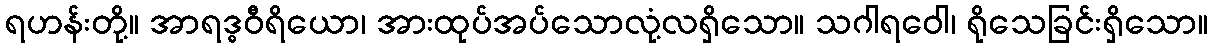
ရဟန်းတို့။ အာရဒ္ဓဝီရိယော၊ အားထုပ်အပ်သောလုံ့လရှိသော။ သဂါရဝေါ၊ ရိုသေခြင်းရှိသော။